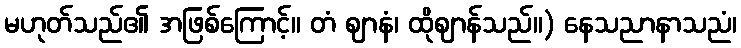
မဟုတ်သည်၏ အဖြစ်ကြောင့်။ တံ ဈာနံ၊ ထိုဈာန်သည်။) နေသညာနာသညံ၊